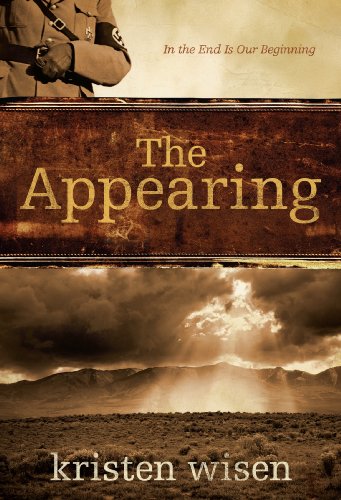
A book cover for The Appearing: In the End Is Our Beginning; Kristen Wisen; Religion & Spirituality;